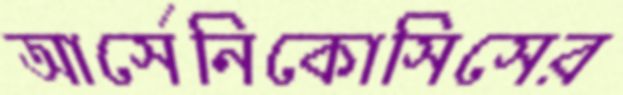
আর্সেনিকোসিসের